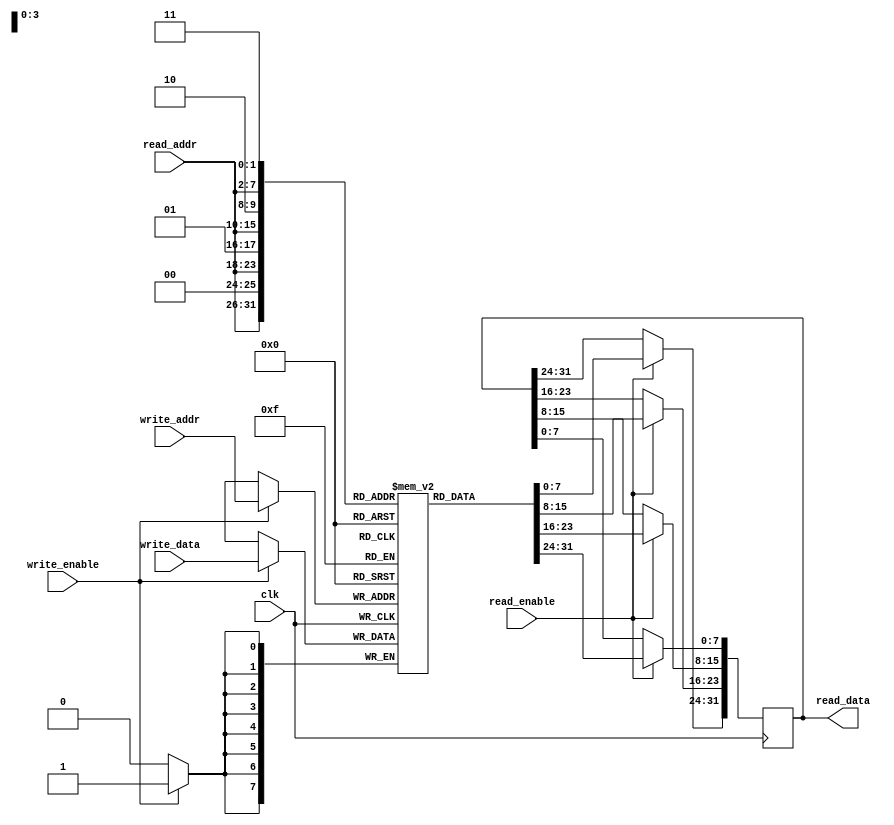
module asym_ram_sdp_wide_sync_read (
input clk, write_enable, read_enable,
input [7:0] write_addr,
input [5:0] read_addr,
input [7:0] write_data,
output reg [31:0] read_data=0
);
reg [7:0] mem [0:255];

always @(posedge clk) begin
    if (write_enable)
        mem[write_addr] <= write_data;
    if (read_enable) begin
        read_data[7:0] <= mem[{read_addr, 2'b00}];
        read_data[15:8] <= mem[{read_addr, 2'b01}];
        read_data[23:16] <= mem[{read_addr, 2'b10}];
        read_data[31:24] <= mem[{read_addr, 2'b11}];
    end
end


endmodule